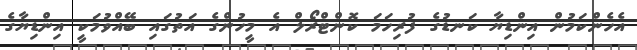
އެހެންކަމުން އިންޑިޔާ ކަނޑުގެ ފުރިހަމަ ކޮންޓްރޯލް އެ މީހުންގެ އަތުގައި ބޭއްވުމަކީ އިންޑިޔާގެ